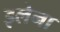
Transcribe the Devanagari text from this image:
इलेना